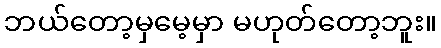
ဘယ်တော့မှမေ့မှာ မဟုတ်တော့ဘူး။